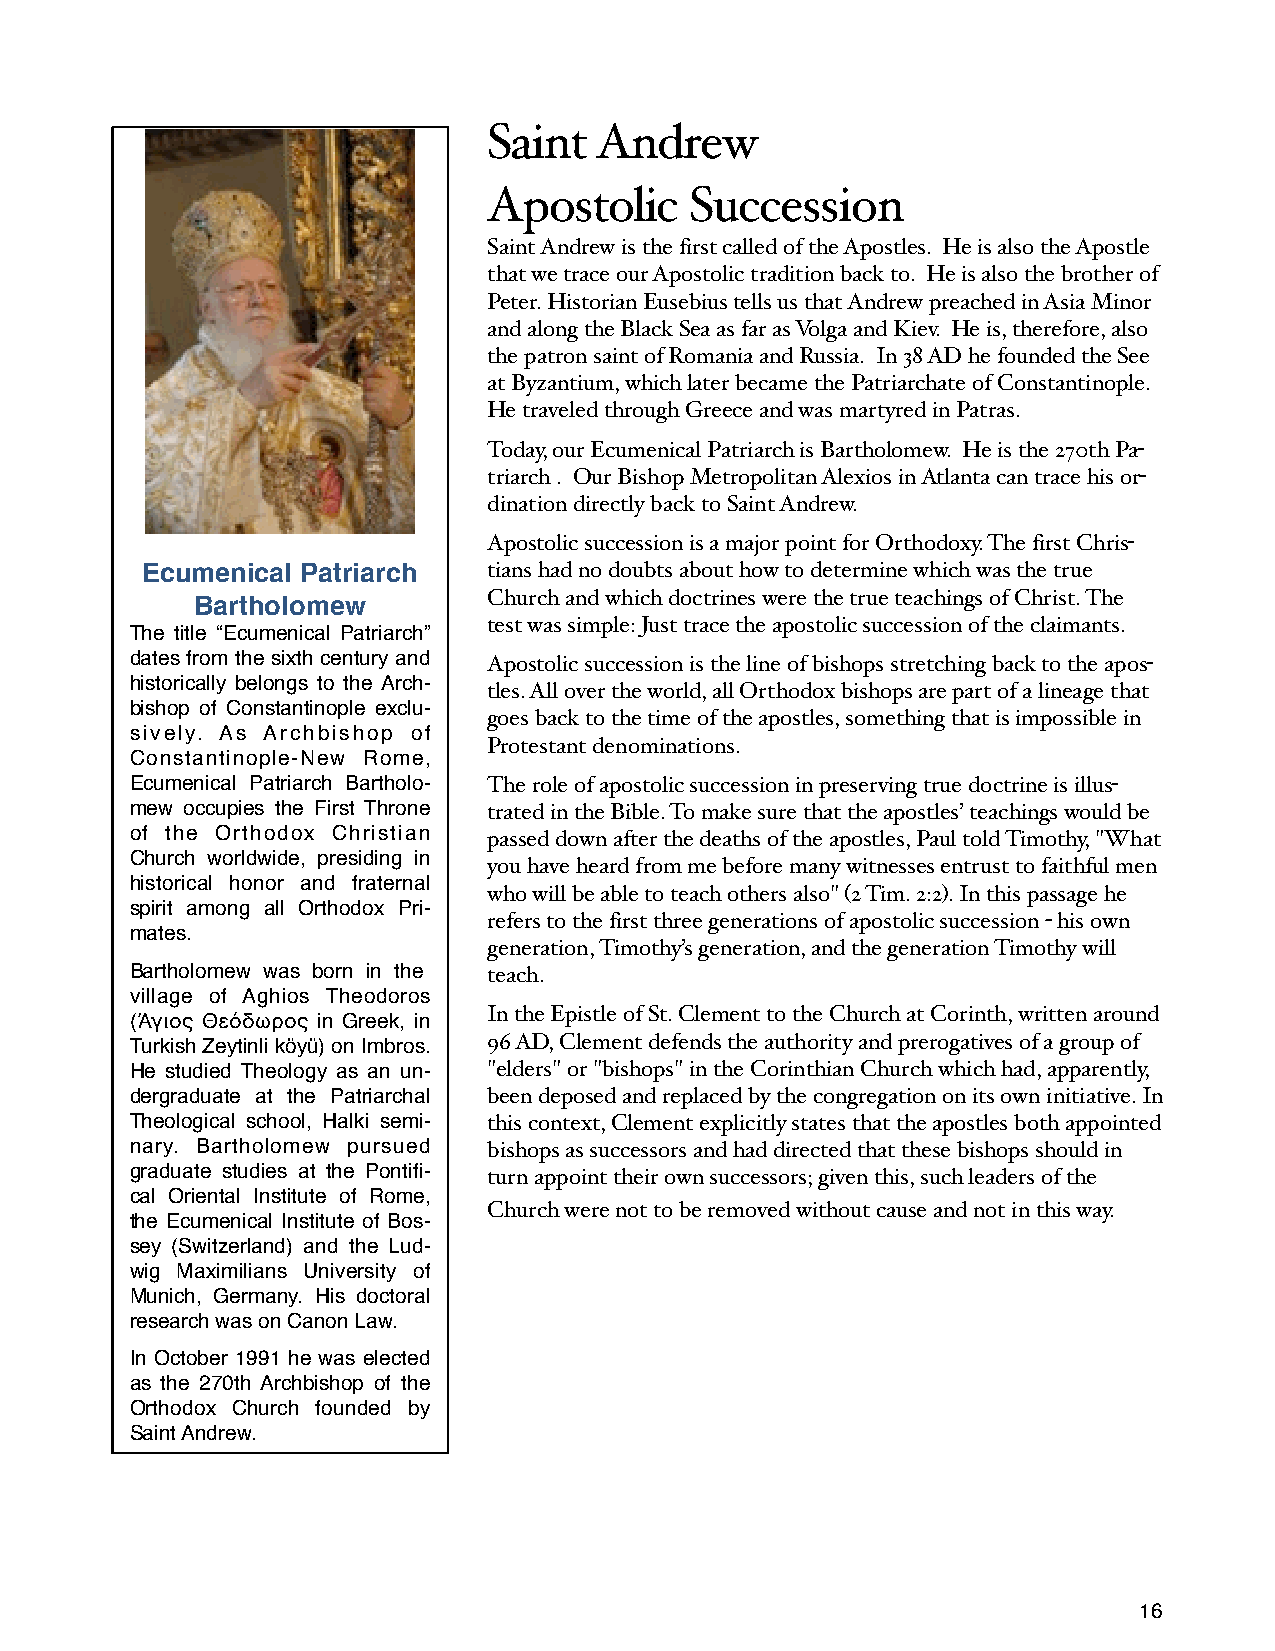
Saint  Andrew
 Apostolic     Succession
 Saint Andrew is the first called of the Apostles. He is also the Apostle
 that we trace our Apostolic tradition back to. He is also the brother of
 Peter. Historian Eusebius tells us that Andrew preached in Asia Minor
 and along the Black Sea as far as Volga and Kiev. He is, therefore, also
 the patron saint of Romania and Russia. In 38 AD he founded the See
 at Byzantium, which later became the Patriarchate of Constantinople.
 He traveled through Greece and was martyred in Patras.
 Today, our Ecumenical Patriarch is Bartholomew. He is the 270th Pa-
 triarch . Our Bishop Metropolitan Alexios in Atlanta can trace his or-
 dination directly back to Saint Andrew.
 Apostolic succession is a major point for Orthodoxy. The first Chris-
 Ecumenical Patriarch   tians had no doubts about how to determine which was the true
 Bartholomew        Church and which doctrines were the true teachings of Christ. The
 test was simple: Just trace the apostolic succession of the claimants.
 The title “Ecumenical Patriarch”
 dates from the sixth century and Apostolic succession is the line of bishops stretching back to the apos-
 historically belongs to the Arch-
 tles. All over the world, all Orthodox bishops are part of a lineage that
 bishop of Constantinople exclu-
 goes back to the time of the apostles, something that is impossible in
 sively. As Archbishop of
 Protestant denominations.
 Constantinople-New Rome,
 Ecumenical Patriarch Bartholo- The role of apostolic succession in preserving true doctrine is illus-
 mew occupies the First Throne trated in the Bible. To make sure that the apostles’ teachings would be
 of the Orthodox Christian passed down after the deaths of the apostles, Paul told Timothy, "What
 Church worldwide, presiding in
 you have heard from me before many witnesses entrust to faithful men
 historical honor and fraternal
 who will be able to teach others also" (2 Tim. 2:2). In this passage he
 spirit among all Orthodox Pri-
 refers to the first three generations of apostolic succession - his own
 mates.
 generation, Timothy’s generation, and the generation Timothy will
 Bartholomew was born in the teach.
 village of Aghios Theodoros
 In the Epistle of St. Clement to the Church at Corinth, written around
 (Άγιος Θεόδωρος in Greek, in
 Turkish Zeytinli köyü) on Imbros. 96 AD, Clement defends the authority and prerogatives of a group of
 He studied Theology as an un- "elders" or "bishops" in the Corinthian Church which had, apparently,
 dergraduate at the Patriarchal been deposed and replaced by the congregation on its own initiative. In
 Theological school, Halki semi- this context, Clement explicitly states that the apostles both appointed
 nary. Bartholomew pursued bishops as successors and had directed that these bishops should in
 graduate studies at the Pontifi- turn appoint their own successors; given this, such leaders of the
 cal Oriental Institute of Rome,
 Church were not to be removed without cause and not in this way.
 the Ecumenical Institute of Bos-
 sey (Switzerland) and the Lud-
 wig Maximilians University of
 Munich, Germany. His doctoral
 research was on Canon Law.
 In October 1991 he was elected
 as the 270th Archbishop of the
 Orthodox Church founded by
 Saint Andrew.
 16